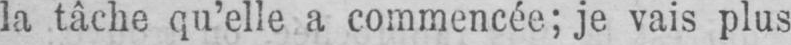
la tâche qu’elle a commencée; je vais plus